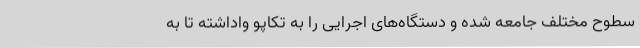
سطوح مختلف جامعه شده و دستگاه‌های اجرایی را به تکاپو واداشته تا به